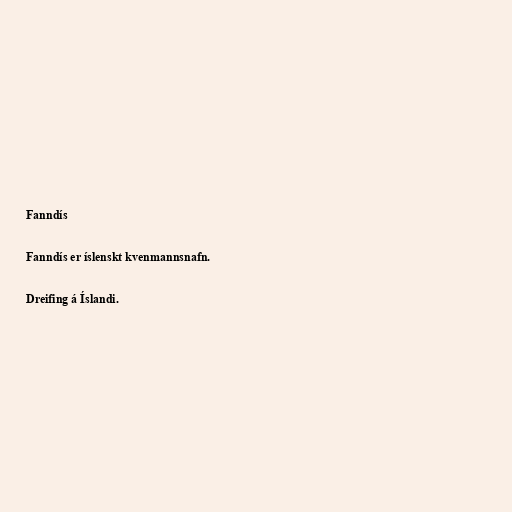
Fanndís

Fanndís er íslenskt kvenmannsnafn.

Dreifing á Íslandi.